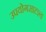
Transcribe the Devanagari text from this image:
उपयोगसादृश्य